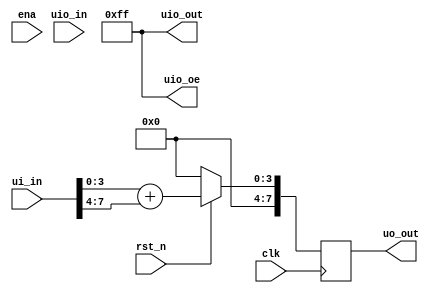
`default_nettype none

module tt_um_sumador (
    input  wire [7:0] ui_in,    // Dedicated inputs - connected to the input switches
    output wire [7:0] uo_out,   // Dedicated outputs - connected to the 7 segment display
    input  wire [7:0] uio_in,   // IOs: Bidirectional Input path
    output wire [7:0] uio_out,  // IOs: Bidirectional Output path
    output wire [7:0] uio_oe,   // IOs: Bidirectional Enable path (active high: 0=input, 1=output)
    input  wire       ena,      // will go high when the design is enabled
    input  wire       clk,      // clock
    input  wire       rst_n     // reset_n - low to reset
);
  wire [3:0] ina,inb;
  reg [7:0] sum;
  
  // Numeros de entrada
  assign ina[3:0] = ui_in[3:0];
  assign inb[3:0] = ui_in[7:4];
  assign uo_out = sum;


    assign uio_out = 8'd255;
    assign uio_oe = 8'd255;
     
  always@(posedge clk) begin

    if(!rst_n) sum = 8'd0;
    else sum = {3'd0,ina+inb};
    
  end

endmodule